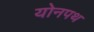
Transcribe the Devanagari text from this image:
योनपथ